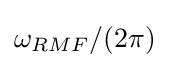
\omega _{RMF}/(2\pi )